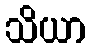
သိယာ